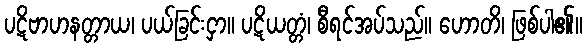
ပဋိဗာဟနတ္တာယ၊ ပယ်ခြင်းငှာ။ ပဋိယတ္တံ၊ စီရင်အပ်သည်။ ဟောတိ၊ ဖြစ်ပါ၏။